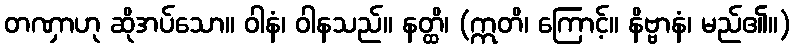
တဏှာဟု ဆိုအပ်သော။ ဝါနံ၊ ဝါနသည်။ နတ္ထိ၊ (ဣတိ၊ ကြောင့်။ နိဗ္ဗာနံ၊ မည်၏။)